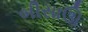
બીસાઊ